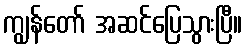
ကျွန်တော် အဆင်ပြေသွားပြီ။